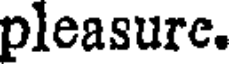
pleasure.